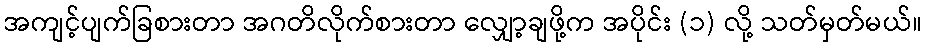
အကျင့်ပျက်ခြစားတာ အဂတိလိုက်စားတာ လျှော့ချဖို့က အပိုင်း (၁) လို့ သတ်မှတ်မယ်။